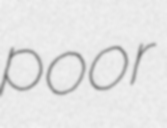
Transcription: poor